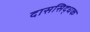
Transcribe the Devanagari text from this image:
दाससिद्धक